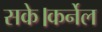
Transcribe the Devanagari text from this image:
सके।कर्नेल